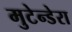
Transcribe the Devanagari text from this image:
मुटेन्डेरा